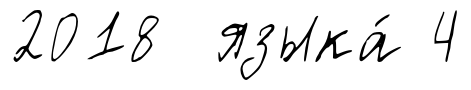
2018 языка́ 4